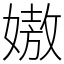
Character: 㜜